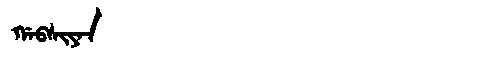
Manchu: ᡤᠠᠪᠰᡳᠶᠠᠨ
Romanization: GABSIYAN